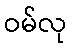
ဝမ်လု